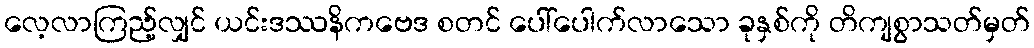
လေ့လာကြည့်လျှင် ယင်းဒဿနိကဗေဒ စတင် ပေါ်ပေါက်လာသော ခုနှစ်ကို တိကျစွာသတ်မှတ်